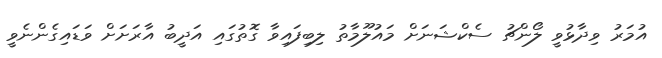
އުމަރު ވިދާޅުވީ ލޯންޗު ސެކްޝަނަށް މައުލޫމާތު ލިބިފައިވާ ގޮތުގައި އަދީބު އާރަށަށް ވަޑައިގެންނެވީ